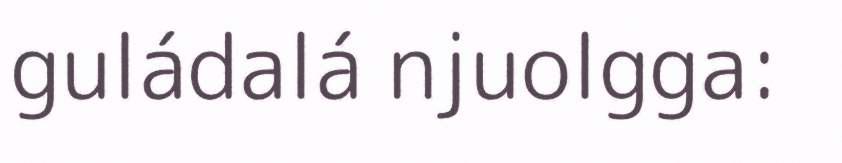
guládalá njuolgga: